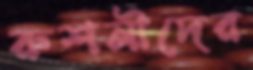
রুশনীদের